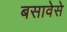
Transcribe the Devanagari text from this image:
बसावेसे